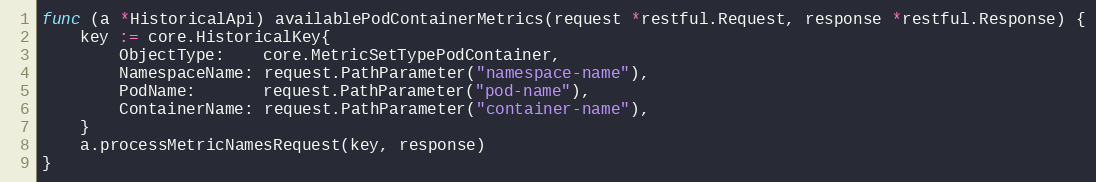
Language: Go
func (a *HistoricalApi) availablePodContainerMetrics(request *restful.Request, response *restful.Response) {
	key := core.HistoricalKey{
		ObjectType:    core.MetricSetTypePodContainer,
		NamespaceName: request.PathParameter("namespace-name"),
		PodName:       request.PathParameter("pod-name"),
		ContainerName: request.PathParameter("container-name"),
	}
	a.processMetricNamesRequest(key, response)
}